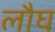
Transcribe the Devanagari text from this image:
लौघ